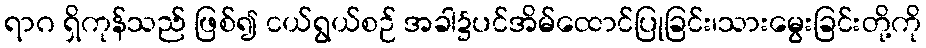
ရာဂ ရှိကုန်သည် ဖြစ်၍ ငယ်ရွယ်စဉ် အခါ၌ပင်အိမ်ထောင်ပြုခြင်း၊သားမွေးခြင်းတို့ကို